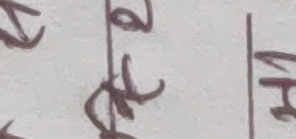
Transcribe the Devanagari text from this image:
६ ४ मा